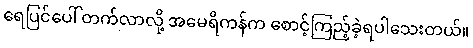
ရေပြင်ပေါ် တက်လာလို့ အမေရိကန်က စောင့်ကြည့်ခဲ့ရပါသေးတယ်။